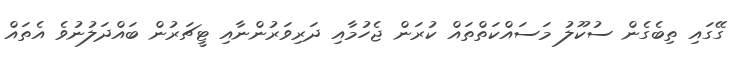
ގޭގައި ތިބެގެން ސުކޫލު މަސައްކަތްތައް ކުރަން ޖެހުމާއި ދަރިވަރުންނާއި ޓީޗަރުން ބައްދަލުނުވެ އެތައް